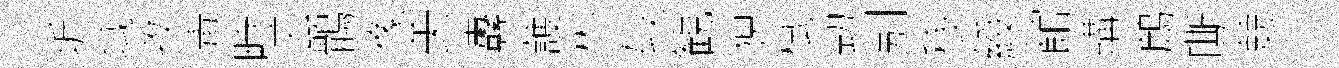
圻域孜毒畤云鶻像美纛䕶彬较観猊栻勁别移綬館購鷓嘶兢